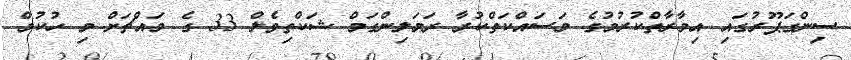
ސިންގަޕޫރުގައި އިމާރާތްކުރުމުގެ މަސައްކަތްކުރާ ރަމަލިންގަމް ޝަކްތިވެލް 33 ގެ މައްޗަށް މި ހުކުމް